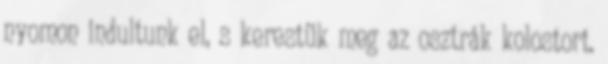
nyomon indultunk el, s kerestük meg az osztrák kolostort.